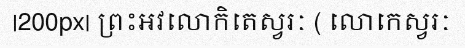
|200px| ព្រះអវលោកិតេស្វរៈ ( លោកេស្វរៈ